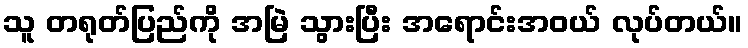
သူ တရုတ်ပြည်ကို အမြဲ သွားပြီး အရောင်းအဝယ် လုပ်တယ်။